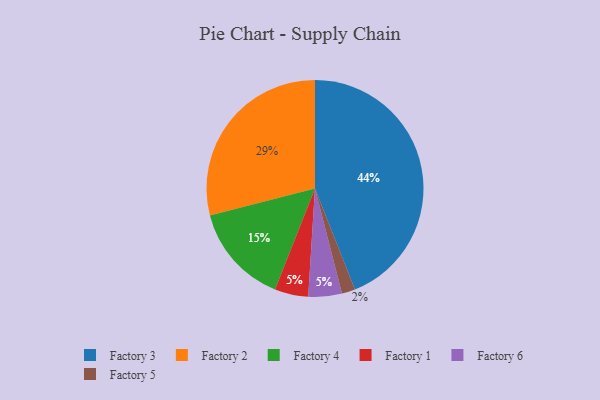
{"axis": {"x": "Category", "y": "Percentage"}, "legend": ["Factory 1", "Factory 2", "Factory 3", "Factory 4", "Factory 5", "Factory 6"], "data": [{"x": "Factory 3", "y": 44, "type": "Factory 3"}, {"x": "Factory 5", "y": 2, "type": "Factory 5"}, {"x": "Factory 2", "y": 29, "type": "Factory 2"}, {"x": "Factory 1", "y": 5, "type": "Factory 1"}, {"x": "Factory 4", "y": 15, "type": "Factory 4"}, {"x": "Factory 6", "y": 5, "type": "Factory 6"}]}